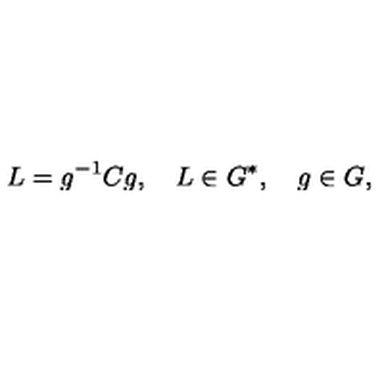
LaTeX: L = g ^ { - 1 } C g , \quad L \in G ^ { * } , \quad g \in G ,